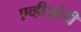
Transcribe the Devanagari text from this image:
एव्हीओडी